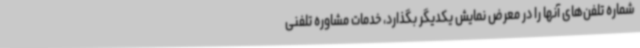
شماره تلفن‌های آنها را در معرض نمایش یکدیگر بگذارد، خدمات مشاوره تلفنی